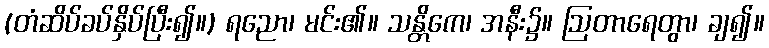
(တံဆိပ်ခပ်နှိပ်ပြီး၍။) ရညော၊ မင်း၏။ သန္တိကေ၊ အနီး၌။ ဩတာရေတွာ၊ ချ၍။